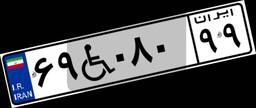
۶۹W۰۸۰۹۹